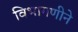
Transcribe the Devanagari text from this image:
विभागणीने